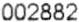
002882